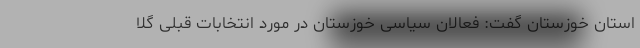
استان خوزستان گفت: فعالان سیاسی خوزستان در مورد انتخابات قبلی گلا